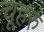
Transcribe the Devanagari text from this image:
चूहरु